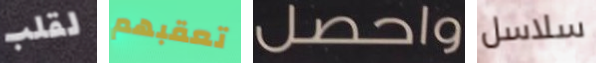
لقلب تعقبهم واحصل سلاسل